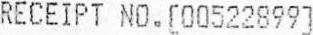
RECEIPT NO.[00522899]